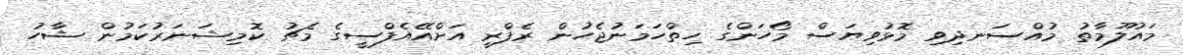
މައުލޫމާތު މުއްސަނދިވި މޮޅުވިޔަސް މޯހަންގެ ހިތްހަމަނުޖެހުން ރެފްރީ އަށްއޭއެފްސީގެ މެޗު ކޮމިޝަނަރުކަމުން ޝާހު